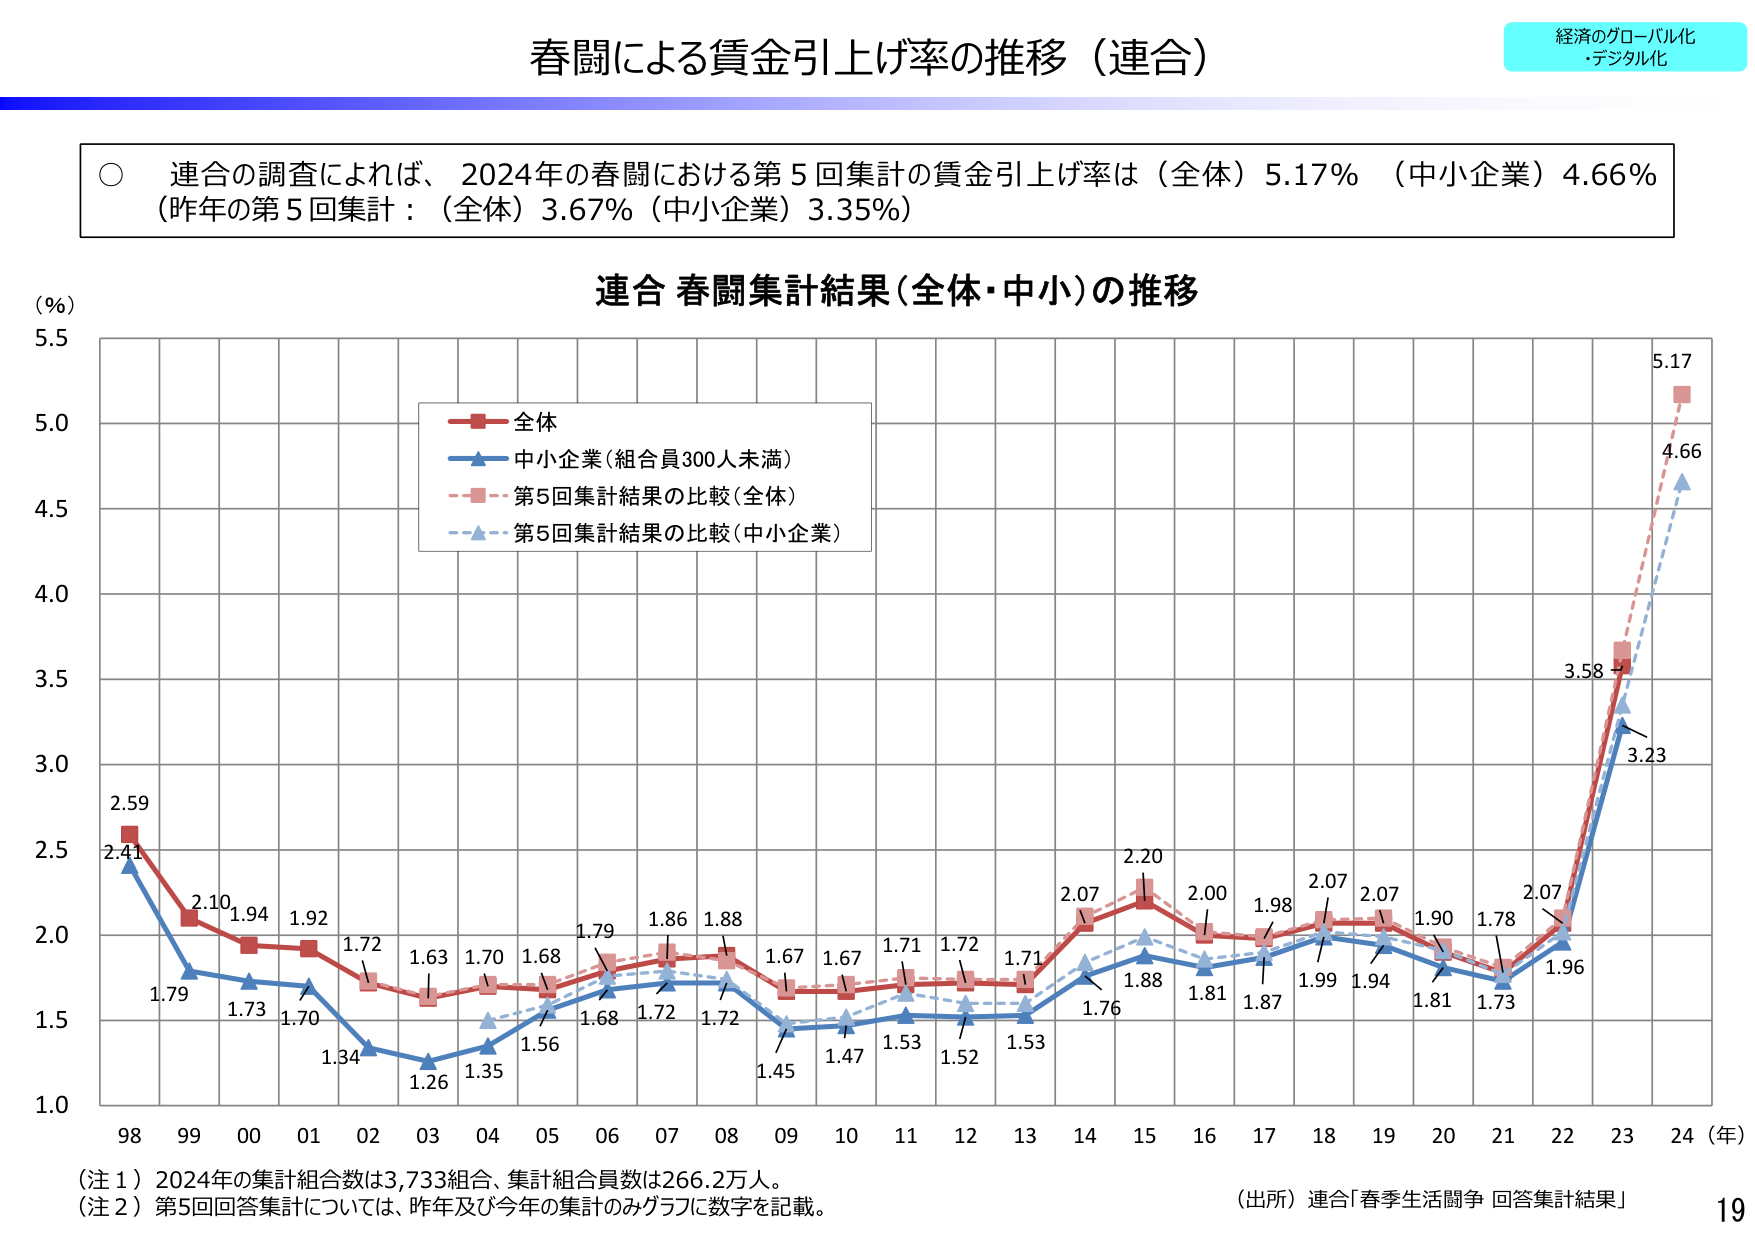
春闘による賃金引上げ率の推移（連合）

経済のグローバル化
・デジタル化

○ 連合の調査によれば、2024年の春闘における第5回集計の賃金引上げ率は（全体）5.17% （中小企業）4.66%
（昨年の第5回集計：（全体）3.67%（中小企業）3.35%）

連合 春闘集計結果（全体・中小）の推移

（%）
5.5
5.0
4.5
4.0
3.5
3.0
2.5
2.0
1.5
1.0

98 99 00 01 02 03 04 05 06 07 08 09 10 11 12 13 14 15 16 17 18 19 20 21 22 23 24（年）

全体
中小企業（組合員300人未満）
第5回集計結果の比較（全体）
第5回集計結果の比較（中小企業）

2.59
2.41
2.10
1.94
1.92
1.72
1.63
1.70
1.68
1.79
1.86
1.88
1.67
1.67
1.71
1.72
1.71
2.07
2.20
2.00
1.98
2.07
2.07
1.90
1.78
2.07
1.96
3.58
5.17
4.66
3.23

1.79
1.73
1.70
1.34
1.26
1.35
1.56
1.68
1.72
1.72
1.45
1.47
1.53
1.52
1.53
1.76
1.88
1.81
1.87
1.99
1.94
1.81
1.73

（注１）2024年の集計組合数は3,733組合、集計組合員数は266.2万人。
（注２）第5回回答集計については、昨年及び今年の集計のみグラフに数字を記載。

（出所）連合「春季生活闘争 回答集計結果」

19